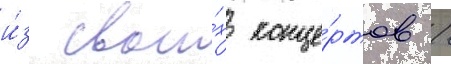
и́з свои́х конце́ртов /